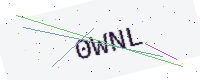
Text: 0WNL